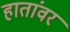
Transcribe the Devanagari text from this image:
हातांवर